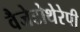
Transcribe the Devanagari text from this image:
वैजेटोथेरेपी